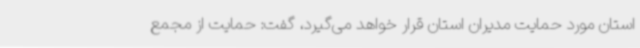
استان مورد حمایت مدیران استان قرار خواهد می‌گیرد، گفت: حمایت از مجمع